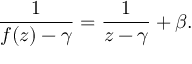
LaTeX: { \frac { 1 } { f ( z ) - \gamma } } = { \frac { 1 } { z - \gamma } } + \beta .